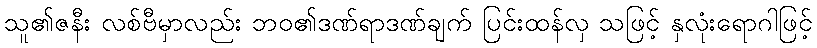
သူ၏ဇနီး လစ်ဗီမှာလည်း ဘဝ၏ဒဏ်ရာဒဏ်ချက် ပြင်းထန်လှ သဖြင့် နှလုံးရောဂါဖြင့်